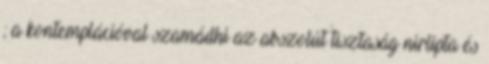
; a kontemplációval szamádhi az abszolút tisztaság nirlipta és